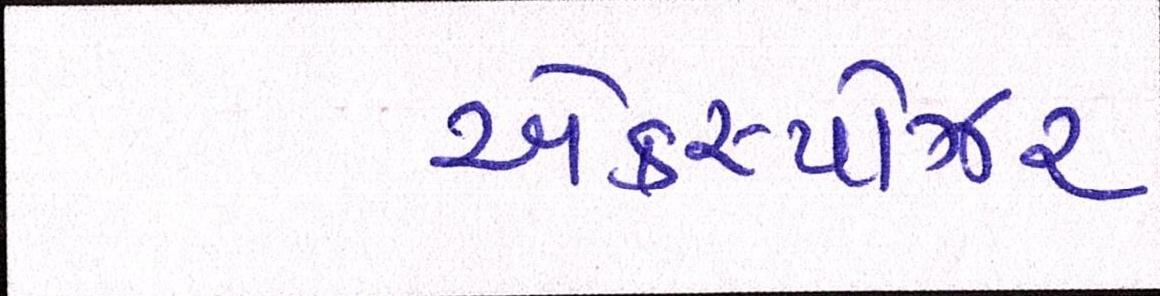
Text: એક્સ્પોઝર